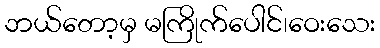
ဘယ်တော့မှ မကြိုက်ပေါင်၊ဝေးသေး